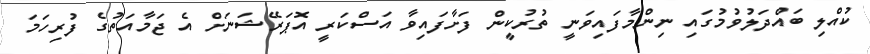
ކުއްލި ބައްދަލުވުމުގައި ނިންމާފައިވަނީ ތުރުކީން ފަށާފައިވާ އަސްކަރީ އޮޕަރޭޝަނަށް އެ ޖަމާއަތުގެ ފުރިހަމަ